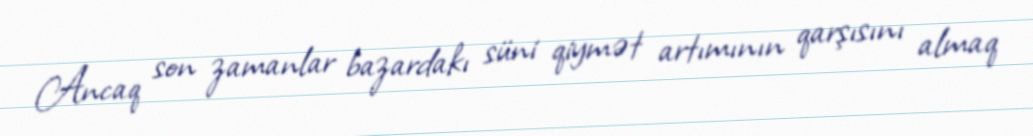
Ancaq son zamanlar bazardakı süni qiymət artımının qarşısını almaq